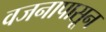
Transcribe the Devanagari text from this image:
वजनापासून